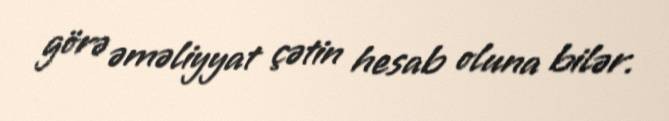
görə əməliyyat çətin hesab oluna bilər.